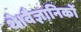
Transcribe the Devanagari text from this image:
थे।वैज्ञानिकों